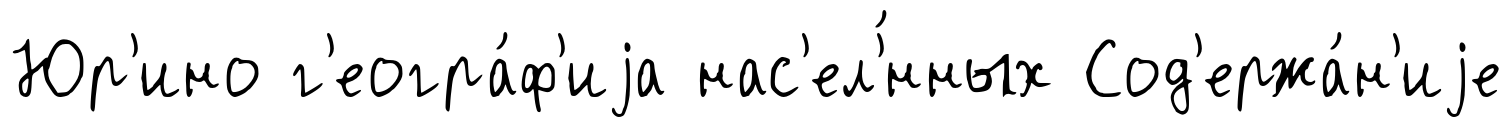
Юр'ино г'еогра́ф'иjа нас'ел'́нных Сод'ержа́н'иjе